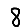
Digit: 8